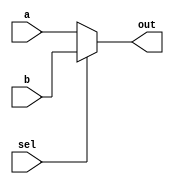
module TwoEightBitInputMUX (a, b, sel, out);

  input[7:0] a, b;
  input sel;
  output[7:0] out;

  assign out = sel ? b : a;

endmodule // TwoEightBitInputMUX